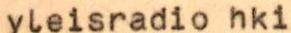
yleisradio hki